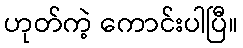
ဟုတ်ကဲ့ ကောင်းပါပြီ။